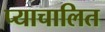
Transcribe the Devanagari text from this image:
प्याचालित